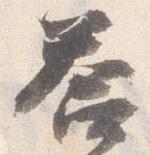
答